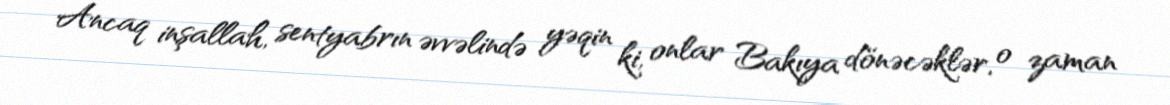
Ancaq inşallah, sentyabrın əvvəlində yəqin ki, onlar Bakıya dönəcəklər, o zaman